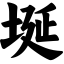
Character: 埏